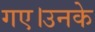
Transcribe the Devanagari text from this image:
गए।उनके